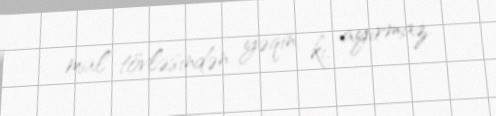
mal tövləsindən yəqin ki, ayırmaz.